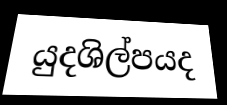
යුදශිල්පයද